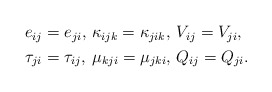
\begin{align*}\begin{alignedat}{3} & e_{ij}=e_{ji}, & \ & \kappa_{ijk}=\kappa_{jik}, & \ & V_{ij}=V_{ji},\\ & \tau_{ji}=\tau_{ij}, & & \mu_{kji}=\mu_{jki}, & & Q_{ij}=Q_{ji}.\end{alignedat}\end{align*}